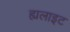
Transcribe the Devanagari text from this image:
ह्यलाइट